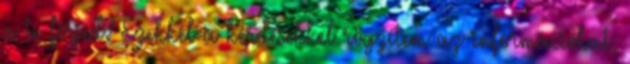
a te férjed? Ezekkel a kérdésekkel rögzítem az információkat,